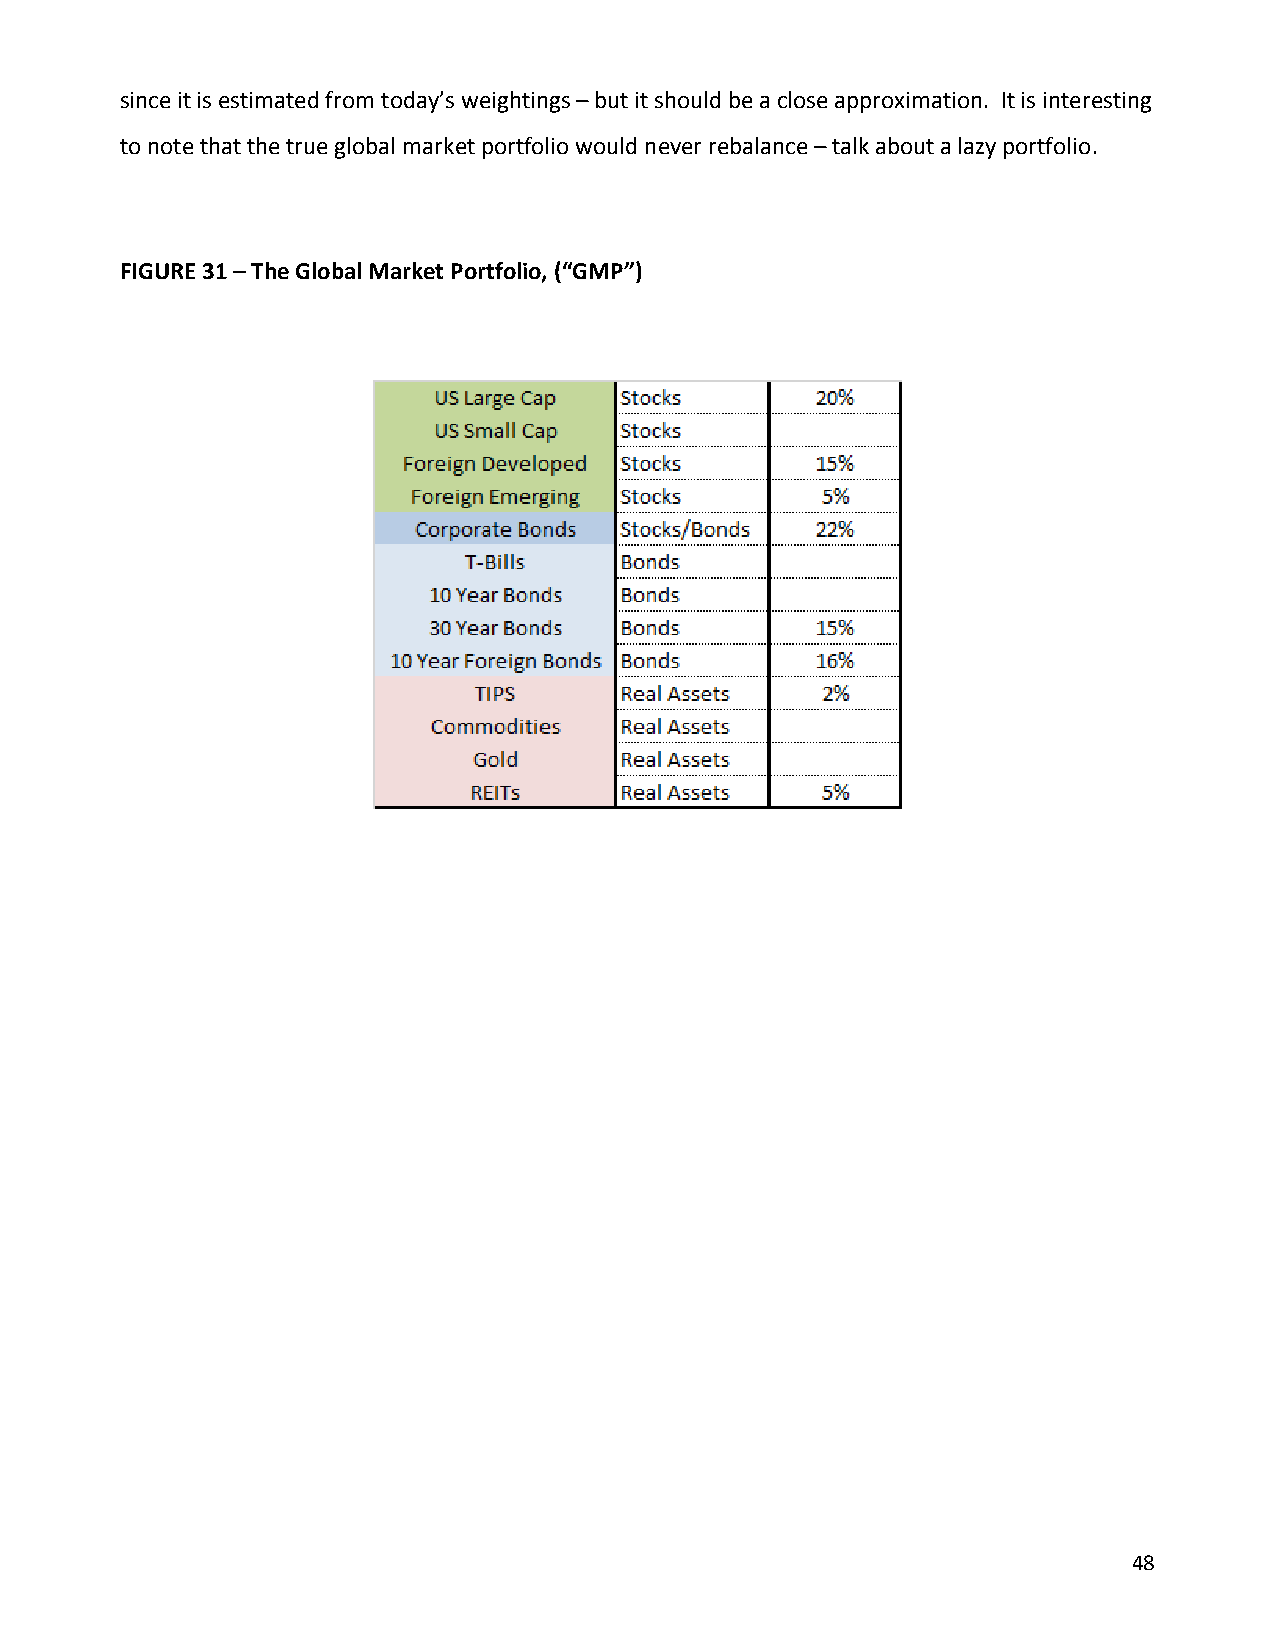
since it is estimated from today’s weightings – but it should be a close approximation. It is interesting
 to note that the true global market portfolio would never rebalance – talk about a lazy portfolio.
 FIGURE 31 – The Global Market Portfolio, (“GMP”)
 48